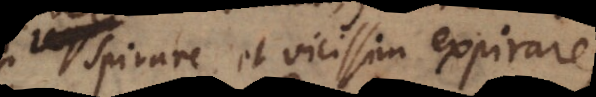
spirare et vicissim expirare,